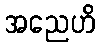
အညေဟိ